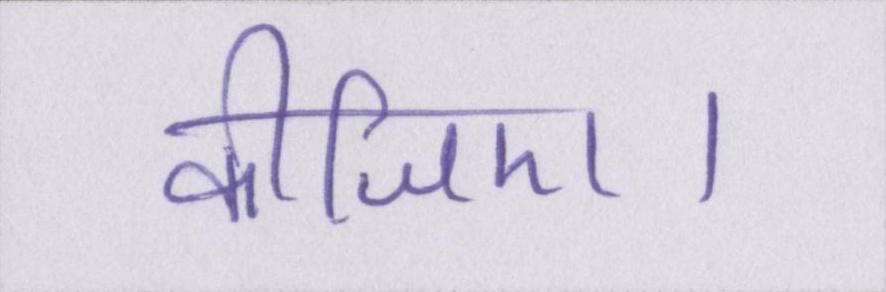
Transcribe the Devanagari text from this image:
कीजिए।